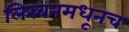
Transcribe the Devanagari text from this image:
लिस्बनमधूनच